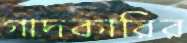
গাদকারির